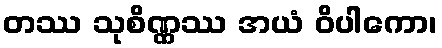
တဿ သုစိဏ္ဏဿ အယံ ဝိပါကော၊